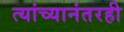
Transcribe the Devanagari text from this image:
त्यांच्यानंतरही